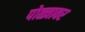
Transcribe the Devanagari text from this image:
पोळ्यावर